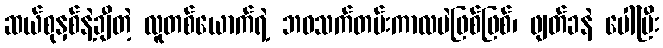
ဆယ်စုနှစ်နဲ့ချီတဲ့ လူတစ်ယောက်ရဲ့ ဘဝသက်တမ်းကာလပဲဖြစ်ဖြစ်၊ ဖျတ်ခနဲ ပေါ်ပြီး